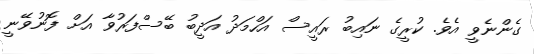
ގެންނެވީ އެވެ. ކުރީގެ ނައިބު ރައީސް އަހްމަދު އަދީބު ބޭސްފަރުވާ އަށް ފޮނުވޭނީ